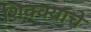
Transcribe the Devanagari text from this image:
शिक्क्यांचे